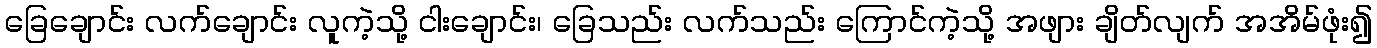
ခြေချောင်း လက်ချောင်း လူကဲ့သို့ ငါးချောင်း၊ ခြေသည်း လက်သည်း ကြောင်ကဲ့သို့ အဖျား ချိတ်လျက် အအိမ်ဖုံး၍